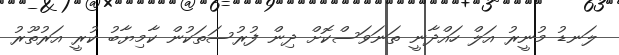
ލަނޑު މުނީރު އަލް ހައްދާނީ ތަނަވަސްކޮށް ދިން ފުރުސަތަކުން ކާމިޔާބު ކުރީ އަރުތޫރު